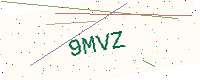
Text: 9MVZ